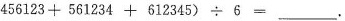
4 5 6 1 2 3 + 5 6 1 2 3 4 + 6 1 2 3 4 5 ) \div 6 = ___$$ .